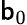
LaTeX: \mathsf{b}_{0}